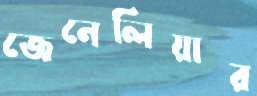
জেনেলিয়ার